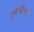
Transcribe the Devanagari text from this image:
द्रवभीषण